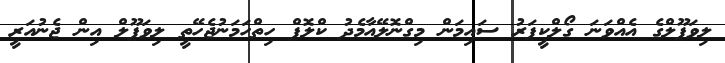
ލިވަޕޫލްގެ އެއްވަނަ ގޯލްކީޕަރު ސައިމަން މިގްނޮލޭއާމެދު ކްލޮޕް ހިތްހަމަނުޖެހޭތީ ލިވަޕޫލް އިން ޖެނުއަރީ